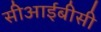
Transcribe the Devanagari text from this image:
सीआईबीसी